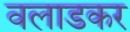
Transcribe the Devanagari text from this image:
वलाडकर